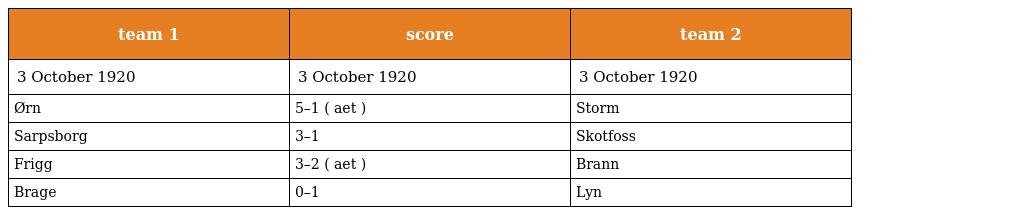
| team 1 | score | team 2 |
 | --- | --- | --- |
 | 3 October 1920 | 3 October 1920 | 3 October 1920 |
 | Ørn | 5–1 ( aet ) | Storm |
 | Sarpsborg | 3–1 | Skotfoss |
 | Frigg | 3–2 ( aet ) | Brann |
 | Brage | 0–1 | Lyn |